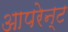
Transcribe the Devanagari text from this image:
आपरेन्ट